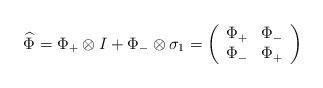
LaTeX: \begin{align*}\widehat{\Phi}=\Phi_+\otimes I+\Phi_-\otimes\sigma_1=\left(\begin{array}{cc}\Phi_+ & \Phi_- \\\Phi_- & \Phi_+\end{array}\right) \end{align*}